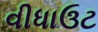
વીધાઉટ